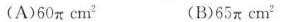
(A)$ $ 6 0 \ p i c m ^ { 2 } ( B ) $ $ 6 5 \ p i c m ^ { 2 } $ $